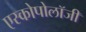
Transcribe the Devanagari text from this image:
एस्कोपोलॉजी